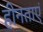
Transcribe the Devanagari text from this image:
हीनताएं